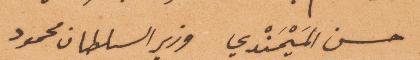
حسن المَيْمَندي وزير السلطان محمود